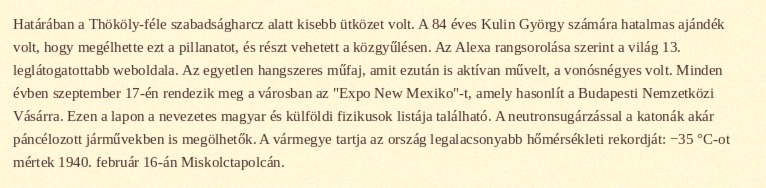
Határában a Thököly-féle szabadságharcz alatt kisebb ütközet volt. A 84 éves Kulin György számára hatalmas ajándék volt, hogy megélhette ezt a pillanatot, és részt vehetett a közgyűlésen. Az Alexa rangsorolása szerint a világ 13. leglátogatottabb weboldala. Az egyetlen hangszeres műfaj, amit ezután is aktívan művelt, a vonósnégyes volt. Minden évben szeptember 17-én rendezik meg a városban az "Expo New Mexiko"-t, amely hasonlít a Budapesti Nemzetközi Vásárra. Ezen a lapon a nevezetes magyar és külföldi fizikusok listája található. A neutronsugárzással a katonák akár páncélozott járművekben is megölhetők. A vármegye tartja az ország legalacsonyabb hőmérsékleti rekordját: −35 °C-ot mértek 1940. február 16-án Miskolctapolcán.